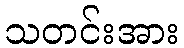
သတင်းအား